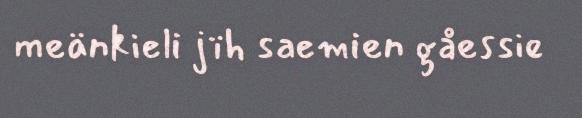
meänkieli jïh saemien gåessie